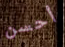
أحسن